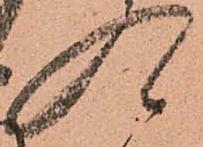
入